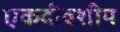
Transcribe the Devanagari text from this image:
एकदीवशीय